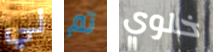
لي تم خلوي